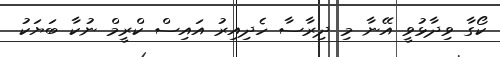
ކޯގާ ވިދާޅުވީ އޭނާ މި ދިރާސާ ހެދިއިރު އައިސް ކްރީމް ނުކާ ބަޔަކު